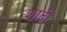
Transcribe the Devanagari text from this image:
शाटी